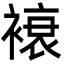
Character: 䙑